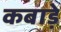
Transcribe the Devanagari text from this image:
कबाड़े